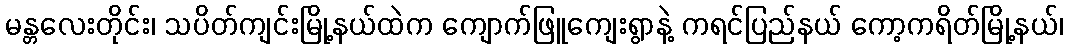
မန္တလေးတိုင်း၊ သပိတ်ကျင်းမြို့နယ်ထဲက ကျောက်ဖြူကျေးရွာနဲ့ ကရင်ပြည်နယ် ကော့ကရိတ်မြို့နယ်၊